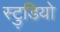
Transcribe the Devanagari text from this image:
स्टु्डियो